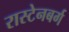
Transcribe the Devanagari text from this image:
रास्टेनबर्ग